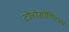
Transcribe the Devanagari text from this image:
टोरोडॉण्टिस्म